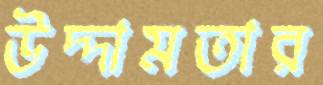
উদ্দামতার